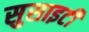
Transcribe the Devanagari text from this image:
सुसाइटी